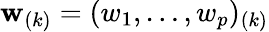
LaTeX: \mathbf{w}_{(k)}=(w_{1},\dots,w_{p})_{(k)}